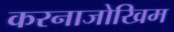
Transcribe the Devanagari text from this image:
करनाजोखिम